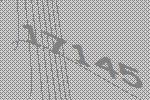
17145